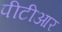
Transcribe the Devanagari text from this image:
पीटीआर